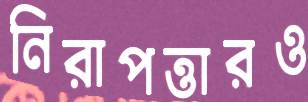
নিরাপত্তারও